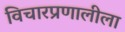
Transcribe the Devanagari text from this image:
विचारप्रणालीला